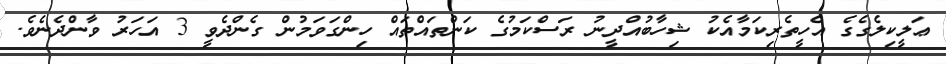
ޢަލީކިލެގެގެ އެހީތެރިކަމާއެކު ޝިހާބުއްދީނު ރަސްކަމުގެ ކަންތައްތައް ހިންގަވަމުން ގެންދެވީ 3 އަހަރު ވާންދެނެވެ.